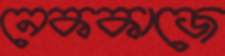
নেককাজে